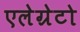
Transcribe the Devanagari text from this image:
एलेग्रेटो